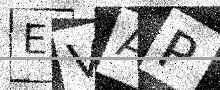
Text: EVAP